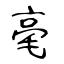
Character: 毫